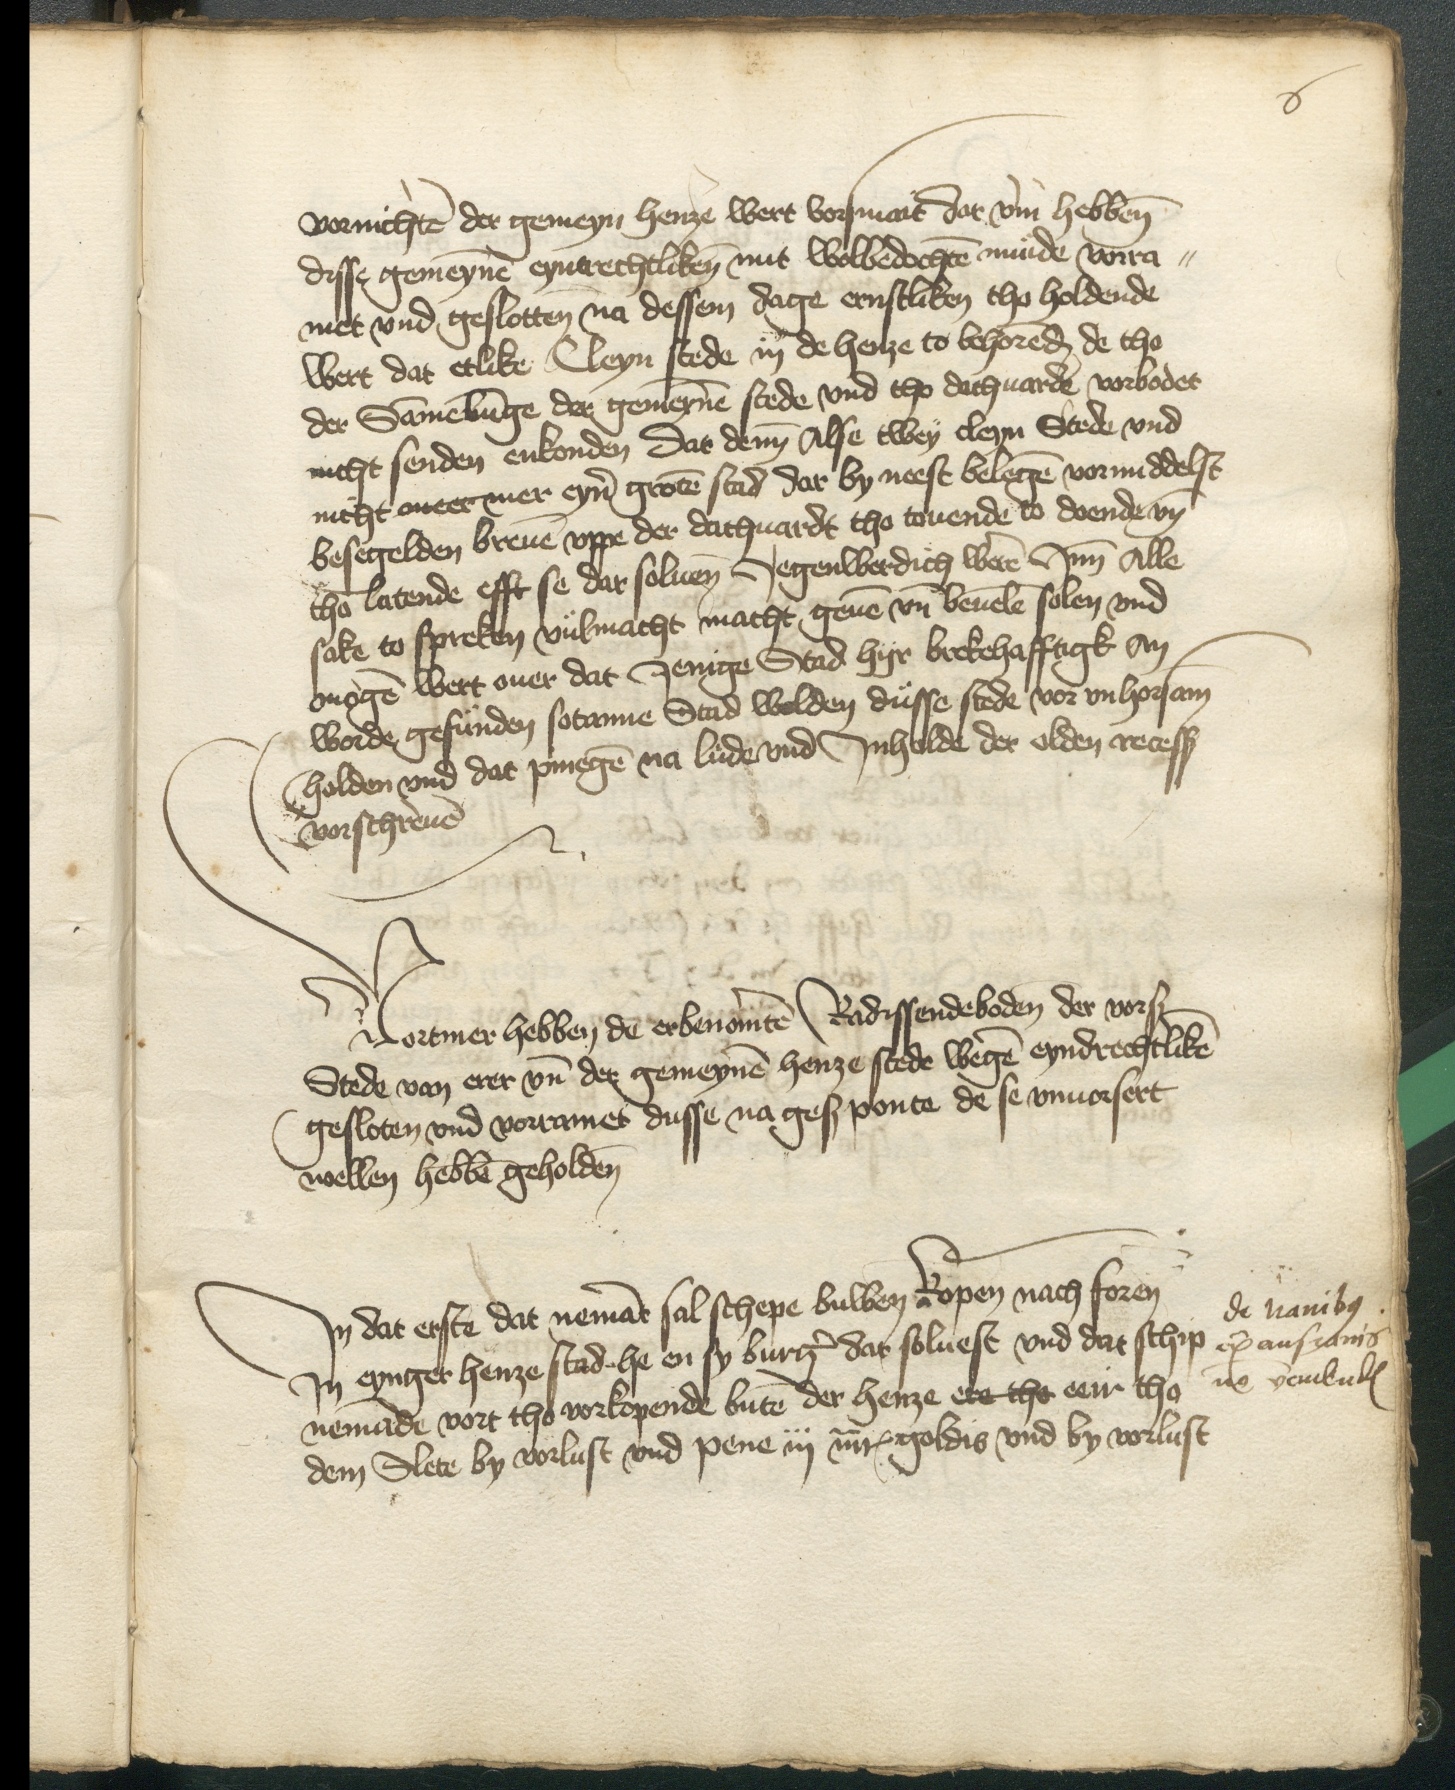
6

vornichten der gemeyn henze wert vorsmait dar vm hebben
disse gemeynen eyntrechtliken mit wolbedochten munde vorra¬
met vnd geslotten na dessem dage ernstliken tho holdende
wert dat etlike Cleyn stede in de henze to behorenden de tho
der Sammelunge der gemeynen stede vnd tho dachuarde vorbodet
nicht senden enkonden Dar denn Alse twey cleyn Stede vnd
nicht meer mer eyner groten stad dar by neest belegen vormiddelst
besegelden breuen vppe der dachuardt tho touende to doende vnde
tho latende efft se dar soluen Jegenwerdich weren Jnn Alle
sake to spreken vulmacht macht geuen vnde beuelen solen vnd
mogen wert ouer dat Jenige Stad hyr brekehafftigk An
worde gesunden sotanne Stad wolden dusse stede vnhorsam
holden vnd dat pinegen na lude vnd Jnholde der olden recessen
vorschreuen

Vortmer hebben de erbenomten Radessendeboden der vorschreuenen
Stede van erer vnde der gemeynen henze stede wegen eyndrechtliken
gesloten vnd vorramet dusse na geschreuen ponte de se vnuorsert
wellen hebben geholden

Jn dat erste dat nemant sal schepe buwen Kopen nach foren
Jn eynger henze stad he en sy burger dar soluest vnd dat schip
nemande vort tho vorkopende buten der henze ere tho eeir tho
dem Slete by vorlust vnd pene iij mark goldis vnd by vorlust

de nauibus
ex anseanis
non vendendem